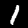
Label: 1